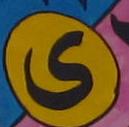
ى